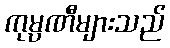
ကုမ္ပဏီများသည်